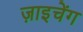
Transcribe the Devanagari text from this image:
ज़ाइचेंग